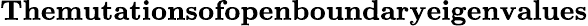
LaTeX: \textbf{Themutationsofopenboundaryeigenvalues}